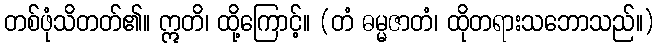
တစ်ဖုံသိတတ်၏။ ဣတိ၊ ထို့ကြောင့်။ (တံ ဓမ္မဇာတံ၊ ထိုတရားသဘောသည်။)